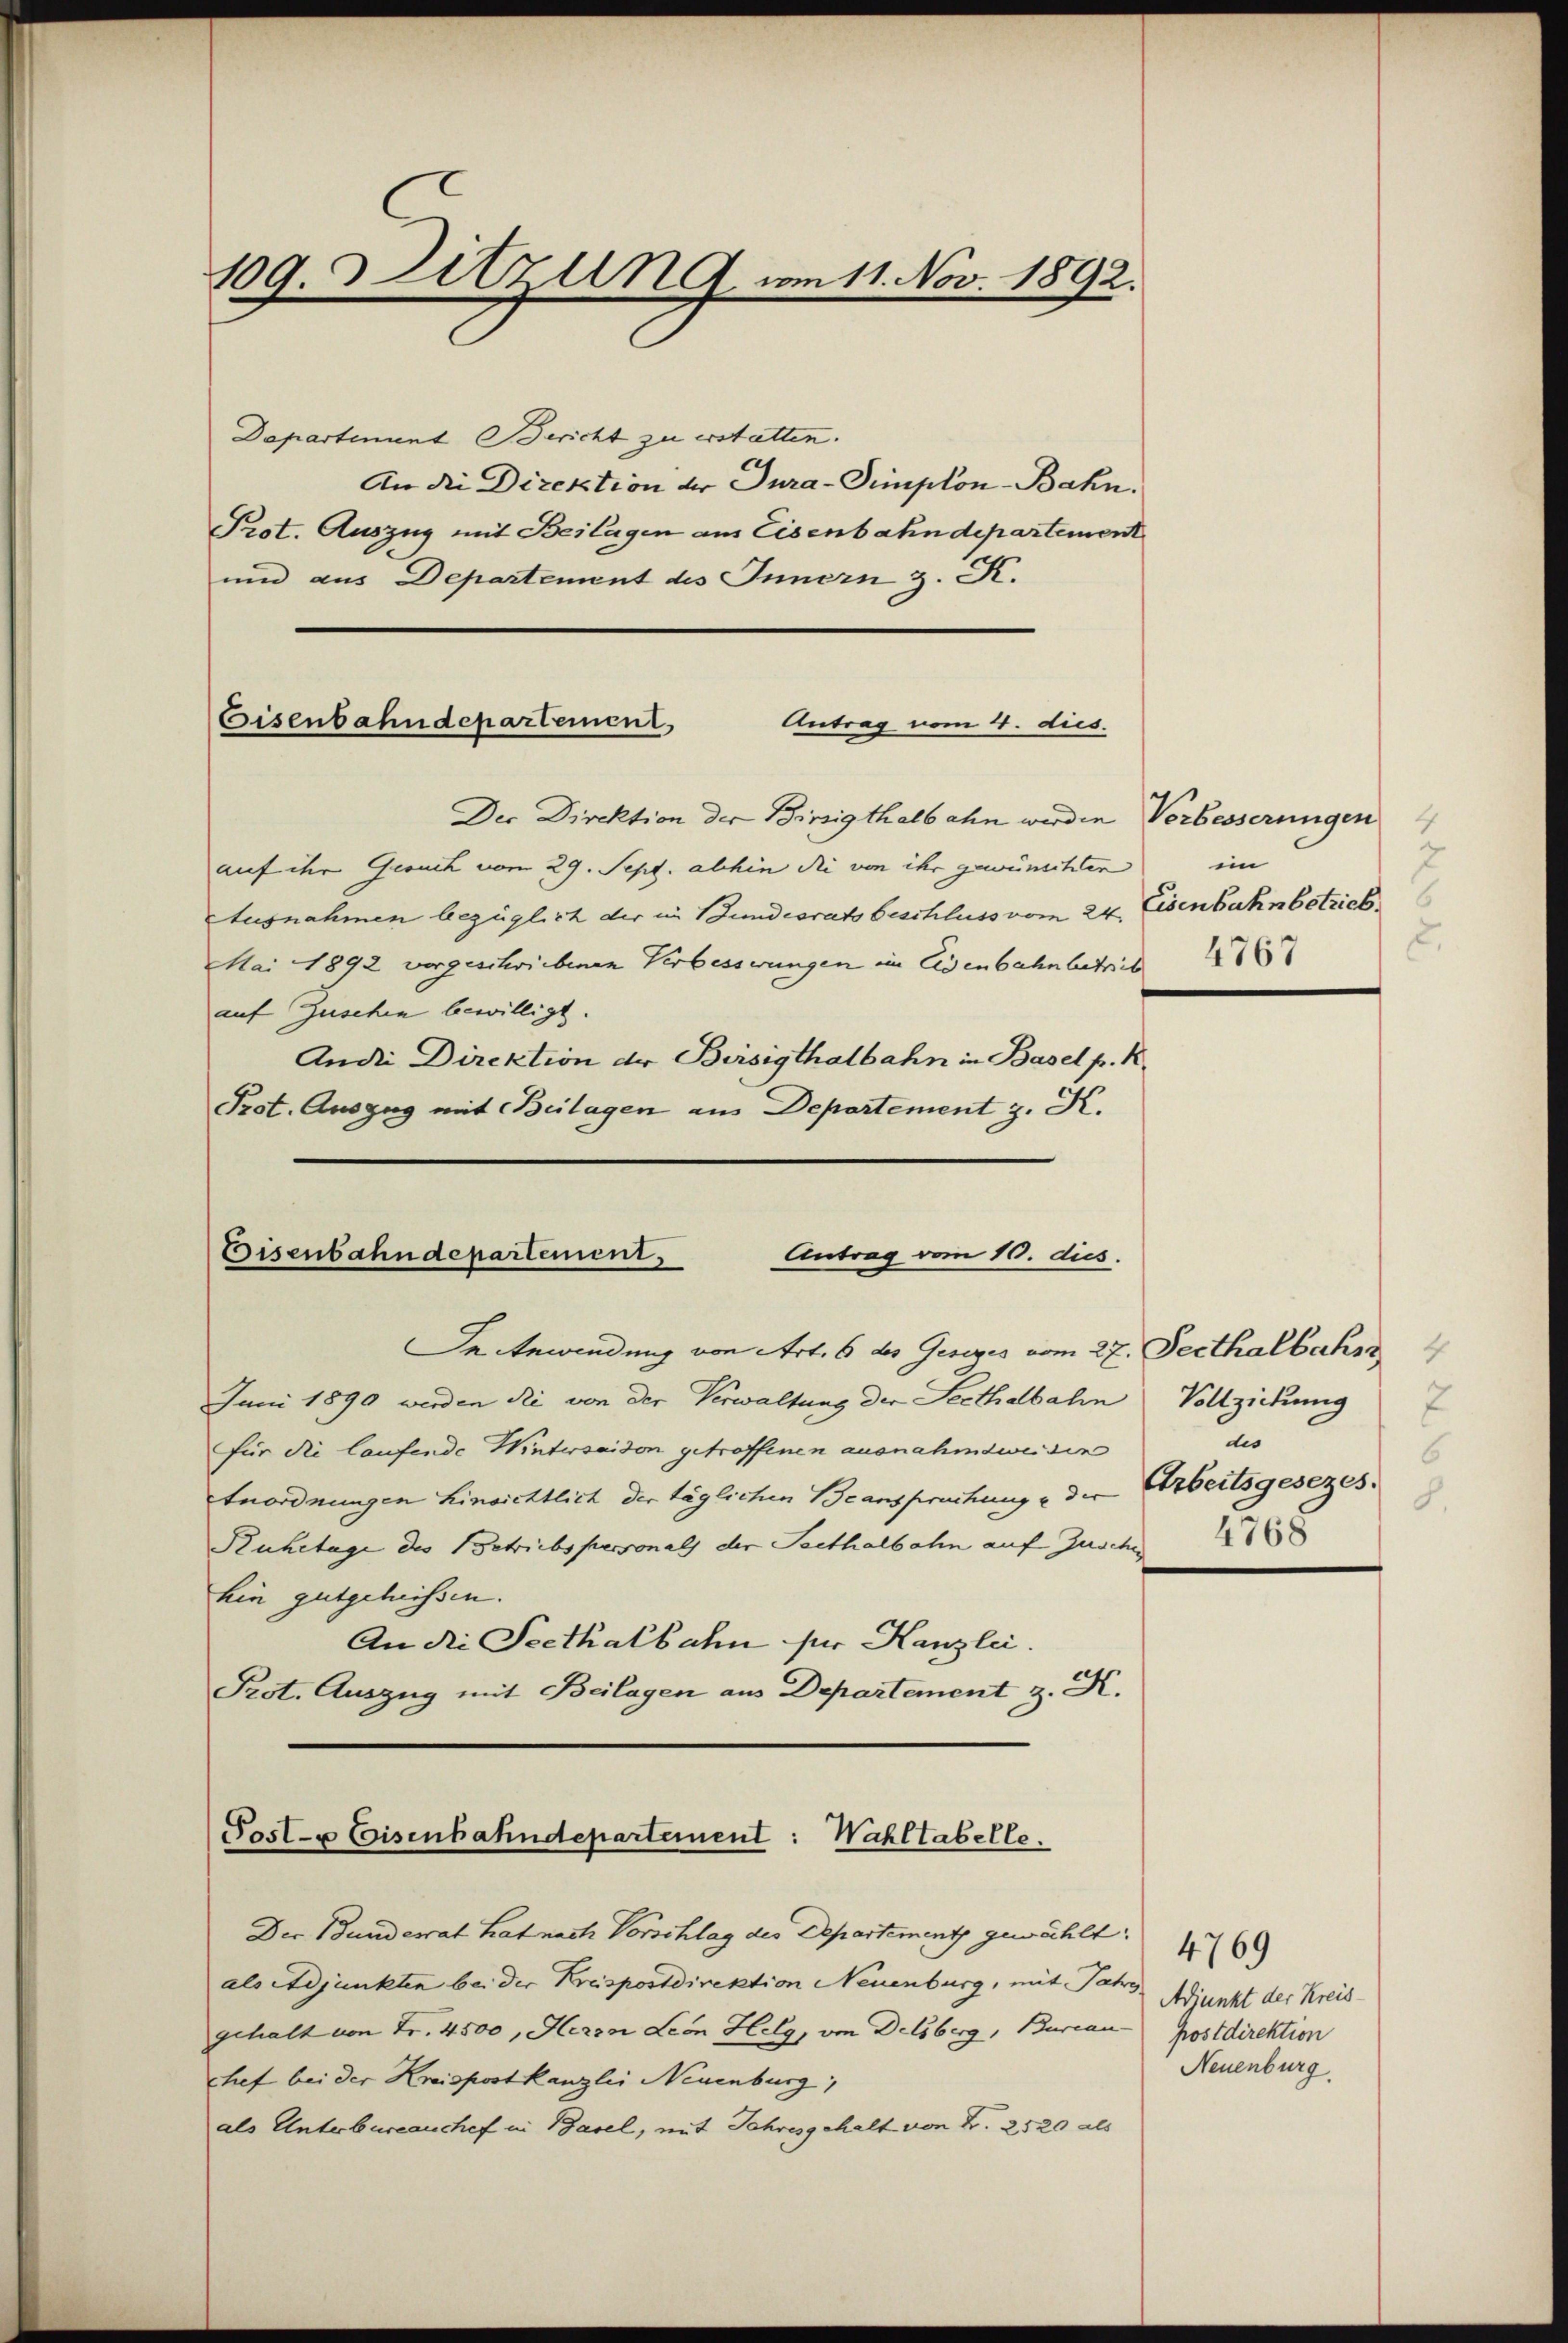
109. Sitzung vom 11. Nov. 1892.

Departinuent Bericht zu erstatten.
An die Direktion der Jura-Simplon-Bahn.
Prot. Auszug mit Beilagen aus Eisenbahndepartement
und aus Departement des Innern z. R.

Eisenbahndepartement,
Antrag vom 4. dies.

Bisenbahndepartement. Antrag vom 10. dies

Der Direktion der Binzigthalbahn werden Verbesserungen
auf ihr Gesuch vom 29. Sept. abhin die von ihr gewünschten im
Ausnahmen bezüglich der in Bundesrats beschluss vom 24. Eisenbahn betrieb
Mai 1892 vorgeschriebenen Verbesserungen im Eisenbahnbetret
auf Zuschen bewilligt.
Ander Direktion der Birsigthalbahn in Basel p. K.
Prot. Auszug mit Beilagen aus Departement z. K.

Joslx Eisenbahndepartement: Wahltabelle.

Ie Anwendung von Art. 6 des Gesezes vom 27. Secthalbahr 4
Juni 1890 werden die von der Verwaltung der Seethalbahn Vollziehung
für die laufende Wintersaidon getroffenen ausnahmsweiden
Anordnungen hinsichtlich der täglichen Beanspruchung u der
Ruhetage des Betriebspersonals der Seethalbahn auf Zusche
hin gutgeheissen.
An die Seethalbahn für Kanzlei.
Prot. Auszug mit Beilagen aus Departement z. K.

als Adjunkten bei der Kreispostdirektion Neuenburg, mit Jahr,
gehalt von Fr. 4500, Herrn Leon Helg, von Delsberg, Burcan postdirektion
chef bei der Kreispostkanzlei Neuenburg,
als Unterbureauchef in Basel, mit Jahresgehalt von Z. 2520 als

Der Bunderat hat nach Vorschlag der Departement gewählt: 169

4
2.

7
d
6
Arbeitsgesezes.
8.
4768

Adjunkt der Kreis-
Neuenburg.